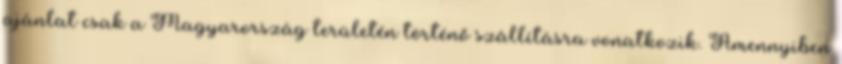
ajánlat csak a Magyarország területén történő szállításra vonatkozik. Amennyiben